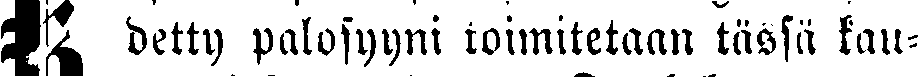
# detty palosyyni toimitetaan tässä kau-